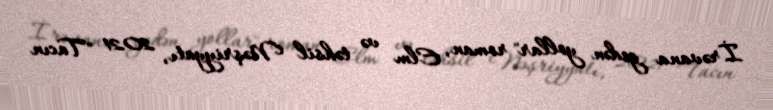
İrəvana gedən yollar" roman, Elm və təhsil Nəşriyyatı, 2021 "Tacın